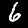
Label: 6